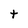
Character: t